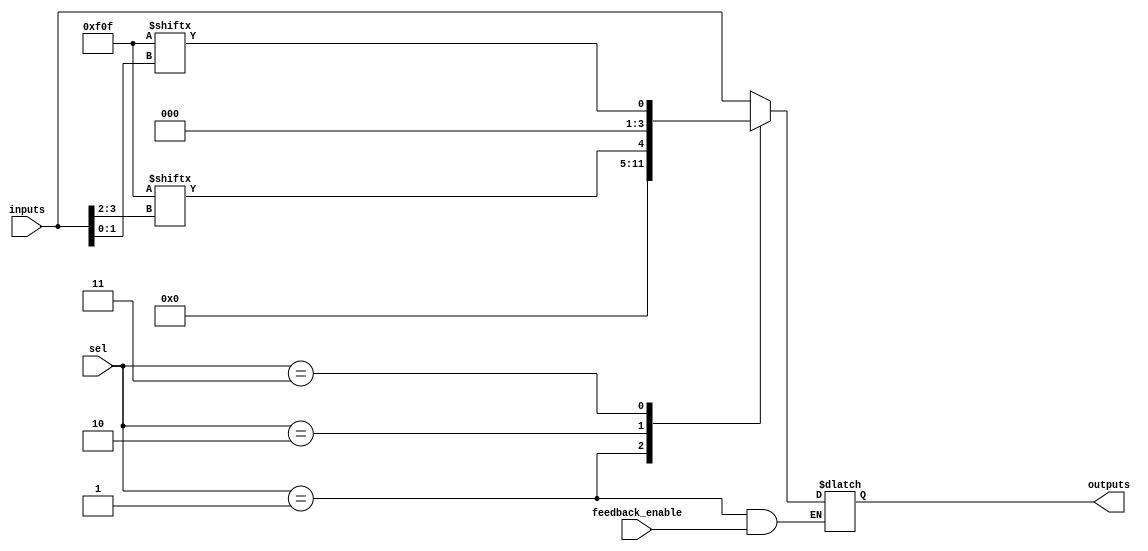
module CLB (
    input  wire [3:0]  inputs,          // 4 input signals
    input  wire [1:0]  sel,             // Selector for multiplexers
    input  wire        feedback_enable,  // Control signal for feedback
    output wire [3:0]  outputs          // 4 output signals
);

// Lookup Table (LUT) for combinational logic
reg [15:0] LUT;
initial begin
    // Example configuration of LUT for a specific logic function (AND for demonstration)
    // LUT[0] = x0 & x1
    // ...Configure the LUT as needed...
    LUT = 16'b0000111100001111; // Example pattern (can be configured dynamically)
end

// Internal wires for feedback and multiplexing
wire [3:0] feedback_data;
wire [3:0] mux_output;

// Feedback path implementation
assign feedback_data = feedback_enable ? outputs : 4'b0;

// MUX implementation to select output based on control signals
always @(*) begin
    case (sel)
        2'b00: outputs = inputs;                          // Direct pass-through
        2'b01: outputs = feedback_data;                   // Route feedback data
        2'b10: outputs = {LUT[inputs[3:2]]};              // LUT output based on high bits
        2'b11: outputs = {LUT[inputs[1:0]]};              // LUT output based on low bits
        default: outputs = 4'b0000;                       // Default case
    endcase
end

endmodule